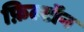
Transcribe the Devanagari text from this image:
फ़िल्टॉन